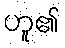
ဟူ၏